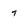
Character: t